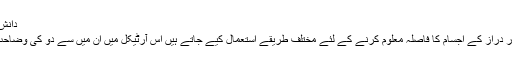
دانش بیگ | مکالمہ
فلکیات میں دور دراز کے اجسام کا فاصلہ معلوم کرنے کے لئے مختلف طریقے استعمال کیے جاتے ہیں اس آرٹیکل میں ان میں سے دو کی وضاحت کی گئی ہے۔